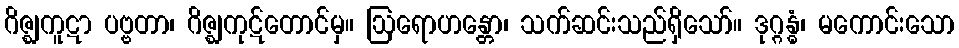
ဂိဇ္ဈကူဋာ ပဗ္ဗတာ၊ ဂိဇ္ဈကုဋ်တောင်မှ။ ဩရောဟန္တော၊ သက်ဆင်းသည်ရှိသော်။ ဒုဂ္ဂန္ဓံ၊ မကောင်းသော